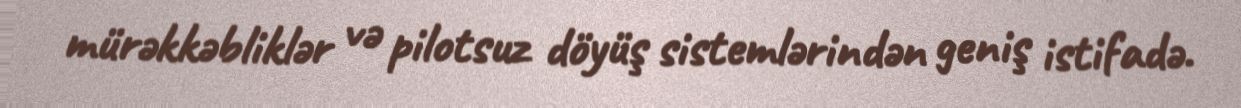
mürəkkəbliklər və pilotsuz döyüş sistemlərindən geniş istifadə.